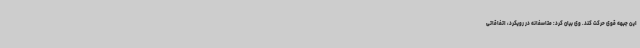
این جبهه قوی حرکت کند. وی بیان کرد: متاسفانه در رویکرد، اتفاقاتی